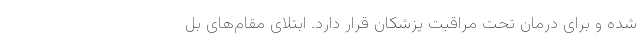
شده و برای درمان تحت مراقبت‌ پزشکان قرار دارد. ابتلای مقام‌های بل